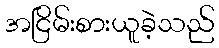
အငြိမ်းစားယူခဲ့သည်